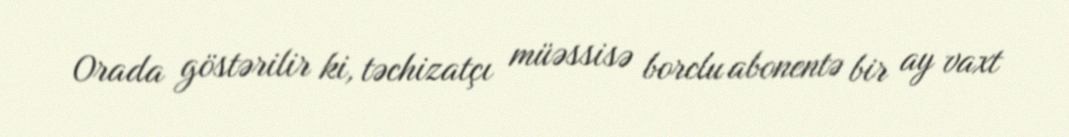
Orada göstərilir ki, təchizatçı müəssisə borclu abonentə bir ay vaxt